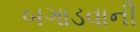
બગાડવાની